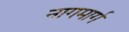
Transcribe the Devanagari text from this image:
नागमार्ग